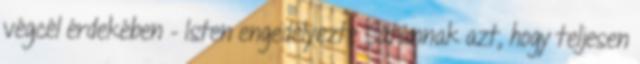
végcél érdekében – Isten engedélyezte Sátánnak azt, hogy teljesen